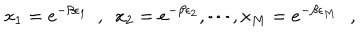
x _ { 1 } = e ^ { - \beta \epsilon _ { 1 } } ~ ~ , ~ ~ x _ { 2 } = e ^ { - \beta \epsilon _ { 2 } } , \cdots , x _ { M } = e ^ { - \beta \epsilon _ { M } } \, \, \, \, ,